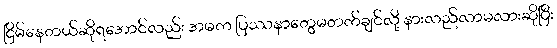
ငြိမ်နေတယ်ဆိုရအောင်လည်း အမက ပြဿနာတွေမတက်ချင်လို့ နားလည်လာမလားဆိုပြီး